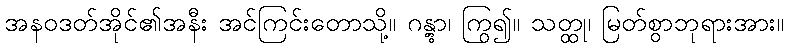
အနဝဒတ်အိုင်၏အနီး အင်ကြင်းတောသို့။ ဂန္တွာ၊ ကြွ၍။ သတ္ထု၊ မြတ်စွာဘုရားအား။